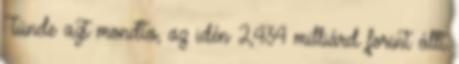
Tünde azt mondta, az idén 2,434 milliárd forint állt